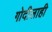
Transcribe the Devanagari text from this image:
गोदीलाही